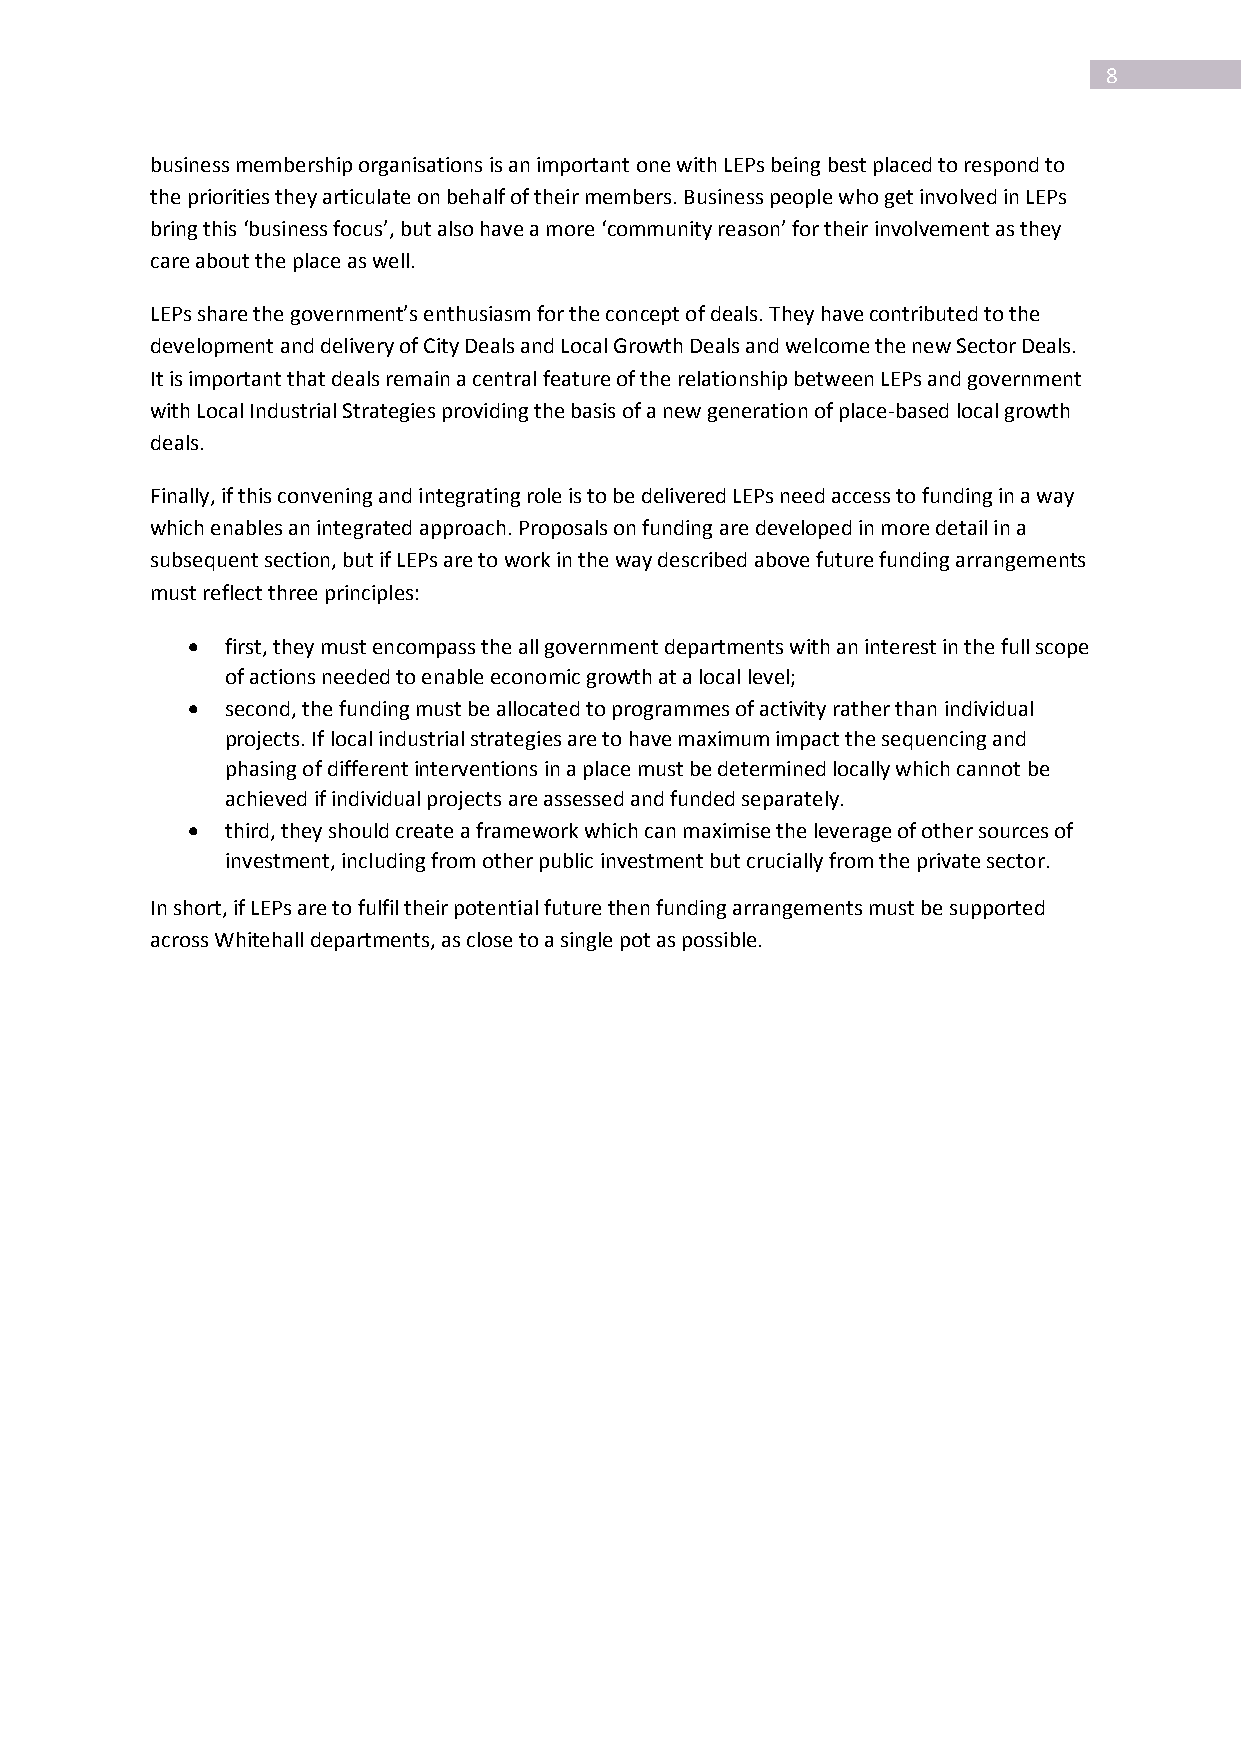
8
 business membership organisations is an important one with LEPs being best placed to respond to
 the priorities they articulate on behalf of their members. Business people who get involved in LEPs
 bring this ‘business focus’, but also have a more ‘community reason’ for their involvement as they
 care about the place as well.
 LEPs share the government’s enthusiasm for the concept of deals. They have contributed to the
 development and delivery of City Deals and Local Growth Deals and welcome the new Sector Deals.
 It is important that deals remain a central feature of the relationship between LEPs and government
 with Local Industrial Strategies providing the basis of a new generation of place-based local growth
 deals.
 Finally, if this convening and integrating role is to be delivered LEPs need access to funding in a way
 which enables an integrated approach. Proposals on funding are developed in more detail in a
 subsequent section, but if LEPs are to work in the way described above future funding arrangements
 must reflect three principles:
   first, they must encompass the all government departments with an interest in the full scope
 of actions needed to enable economic growth at a local level;
   second, the funding must be allocated to programmes of activity rather than individual
 projects. If local industrial strategies are to have maximum impact the sequencing and
 phasing of different interventions in a place must be determined locally which cannot be
 achieved if individual projects are assessed and funded separately.
   third, they should create a framework which can maximise the leverage of other sources of
 investment, including from other public investment but crucially from the private sector.
 In short, if LEPs are to fulfil their potential future then funding arrangements must be supported
 across Whitehall departments, as close to a single pot as possible.